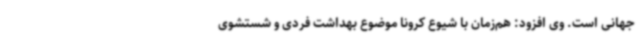
جهانی است. وی افزود: هم‌زمان با شیوع کرونا موضوع بهداشت فردی و شستشوی